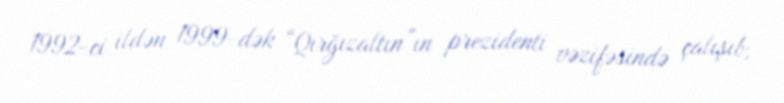
1992-ci ildən 1999-dək “Qırğızaltın”ın prezidenti vəzifəsində çalışıb,